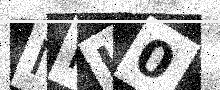
Text: NFL0